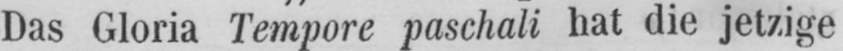
Das Gloria Tempore paschali hat die jetzige